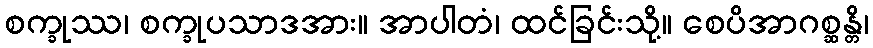
စက္ခုဿ၊ စက္ခုပသာဒအား။ အာပါတံ၊ ထင်ခြင်းသို့။ စေပိအာဂစ္ဆန္တိ၊